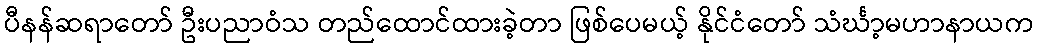
ပီနန်ဆရာတော် ဦးပညာဝံသ တည်ထောင်ထားခဲ့တာ ဖြစ်ပေမယ့် နိုင်ငံတော် သံင်္ဃာ့မဟာနာယက